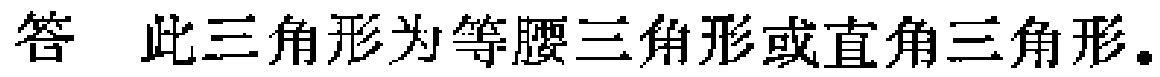
答 此三角形为等腰三角形或直角三角形。